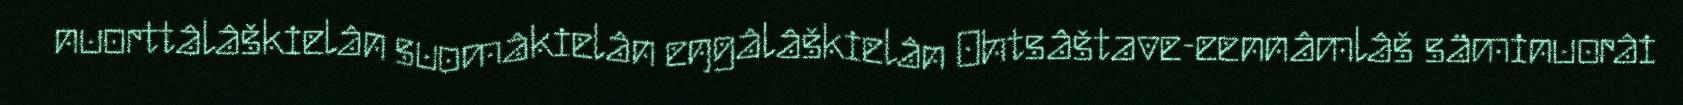
nuorttâlâškielân suomâkielân eŋgâlâškielân Ohtsâštave-eennâmlâš säminuorâi